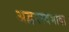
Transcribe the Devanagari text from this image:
अद्वयस्वभावा